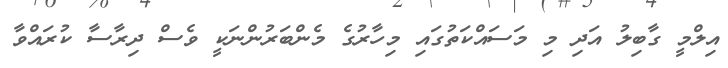
އިލްމީ ގާބިލު އަދި މި މަސައްކަތުގައި މިހާރުގެ މެންބަރުންނަކީ ވެސް ދިރާސާ ކުރައްވާ